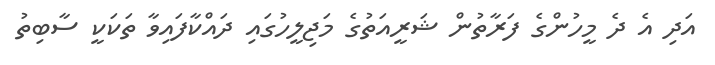
އަދި އެ ދެ މީހުންގެ ފަރާތުން ޝަރީއަތުގެ މަޖިލީހުގައި ދައްކާފައިވާ ތަކަކީ ސާބިތު